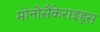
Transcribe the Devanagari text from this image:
मोनोसैकेराइड्स